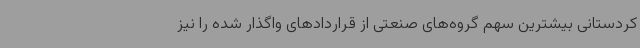
کردستانی بیشترین سهم گروه‌های صنعتی از قراردادهای واگذار شده را نیز